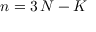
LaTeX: \displaystyle n = 3 \, N - K